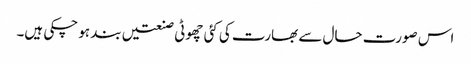
اس صورت حال سے بھارت کی کئی چھوٹی صنعتیں بند ہو چکی ہیں۔